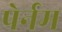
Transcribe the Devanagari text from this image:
पेर्नम